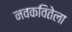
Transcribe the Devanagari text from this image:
नवकवितेला